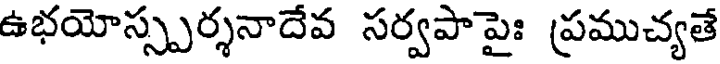
ఉభయోస్స్పర్శనాదేవ సర్వపాపైః ప్రముచ్యతే